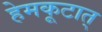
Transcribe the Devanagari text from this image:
हेमकूटात्